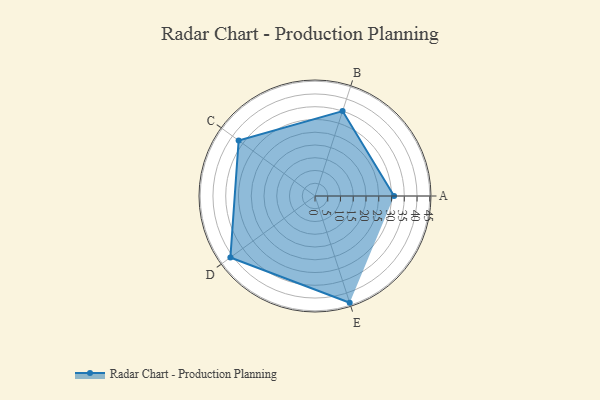
{"axis": {"x": "Skill", "y": "Score"}, "legend": ["Profile"], "data": [{"x": "A", "y": 31.0, "type": "Profile"}, {"x": "B", "y": 35.0, "type": "Profile"}, {"x": "C", "y": 37.0, "type": "Profile"}, {"x": "D", "y": 41.0, "type": "Profile"}, {"x": "E", "y": 44.0, "type": "Profile"}]}